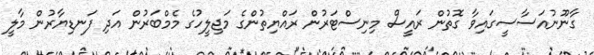
ގާނޫނުއަސާސީގައިވާ ގޮތުން ރައީސް މިނިސްޓަރުން ރައްޔިތުންގެ މަޖިލީހުގެ މެމްބަރުން އަދި ފަނޑިޔާރުން މާލީ